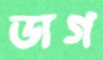
ডাগ